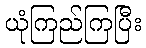
ယုံကြည်ကြပြီး